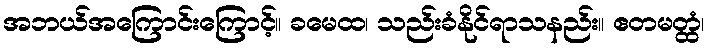
အဘယ်အကြောင်းကြောင့်။ ခမေထ၊ သည်းခံနိုင်ရာသနည်း။ ဧတမတ္ထံ၊